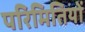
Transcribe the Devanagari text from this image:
परिमितियों